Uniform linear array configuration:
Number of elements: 64
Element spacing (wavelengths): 0.75
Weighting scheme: uniform
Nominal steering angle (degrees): -45
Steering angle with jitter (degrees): -46.933
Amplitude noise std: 0.05
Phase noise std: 0.05

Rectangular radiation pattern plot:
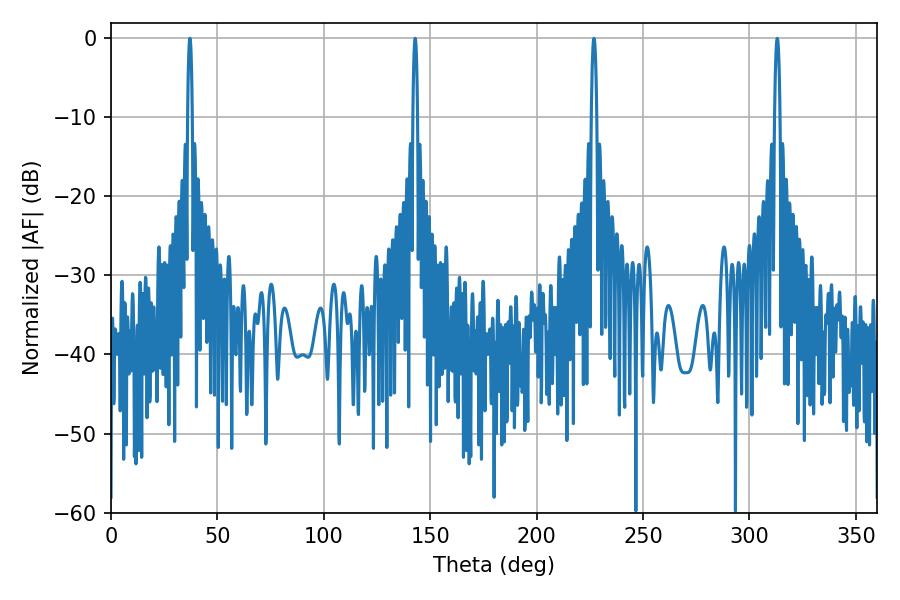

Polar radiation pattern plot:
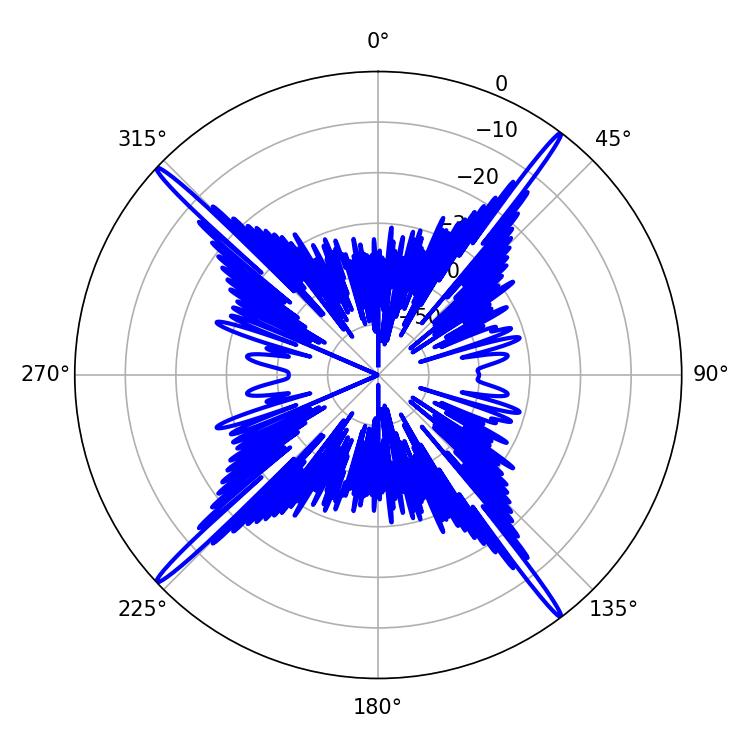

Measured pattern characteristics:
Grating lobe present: TRUE
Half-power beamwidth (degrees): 1.08
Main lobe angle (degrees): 142.92